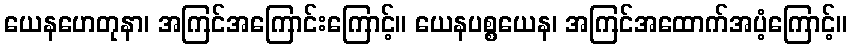
ယေနဟေတုနာ၊ အကြင်အကြောင်းကြောင့်။ ယေနပစ္စယေန၊ အကြင်အထောက်အပံ့ကြောင့်။